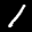
Label: 1